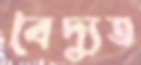
বৈদ্যুত